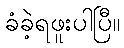
ခံခဲ့ရဖူးပါပြီ။